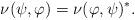
LaTeX: \begin{align*}\nu( \psi, \varphi ) = \nu( \varphi, \psi )^* .\end{align*}